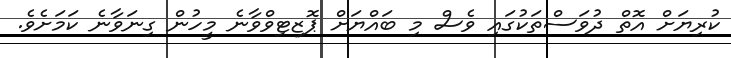
ކުރިޔަށް އޮތް ދުވަސްތަކުގައި ވެސް މި ބައްޔަށް ޕޮޒިޓިވްވާނެ މީހުން ގިނަވާނެ ކަމަށެވެ.